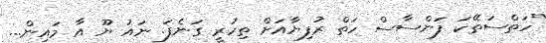
"ހަތްސަތޭކަ ފަންސާސް ހަތް ރުފިޔާއަށް ތިހުރީ ގަނެފަ. ނައު ޔޫ އާ މައިން...